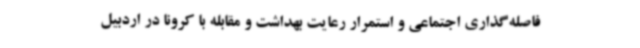
فاصله‌گذاری اجتماعی و استمرار رعایت بهداشت و مقابله با کرونا در اردبیل